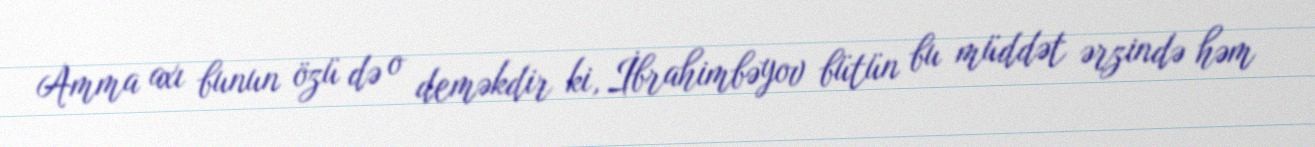
Amma axı bunun özü də o deməkdir ki, İbrahimbəyov bütün bu müddət ərzində həm